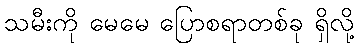
သမီးကို မေမေ ပြောစရာတစ်ခု ရှိလို့